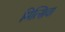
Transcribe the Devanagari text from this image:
मित्सिवा